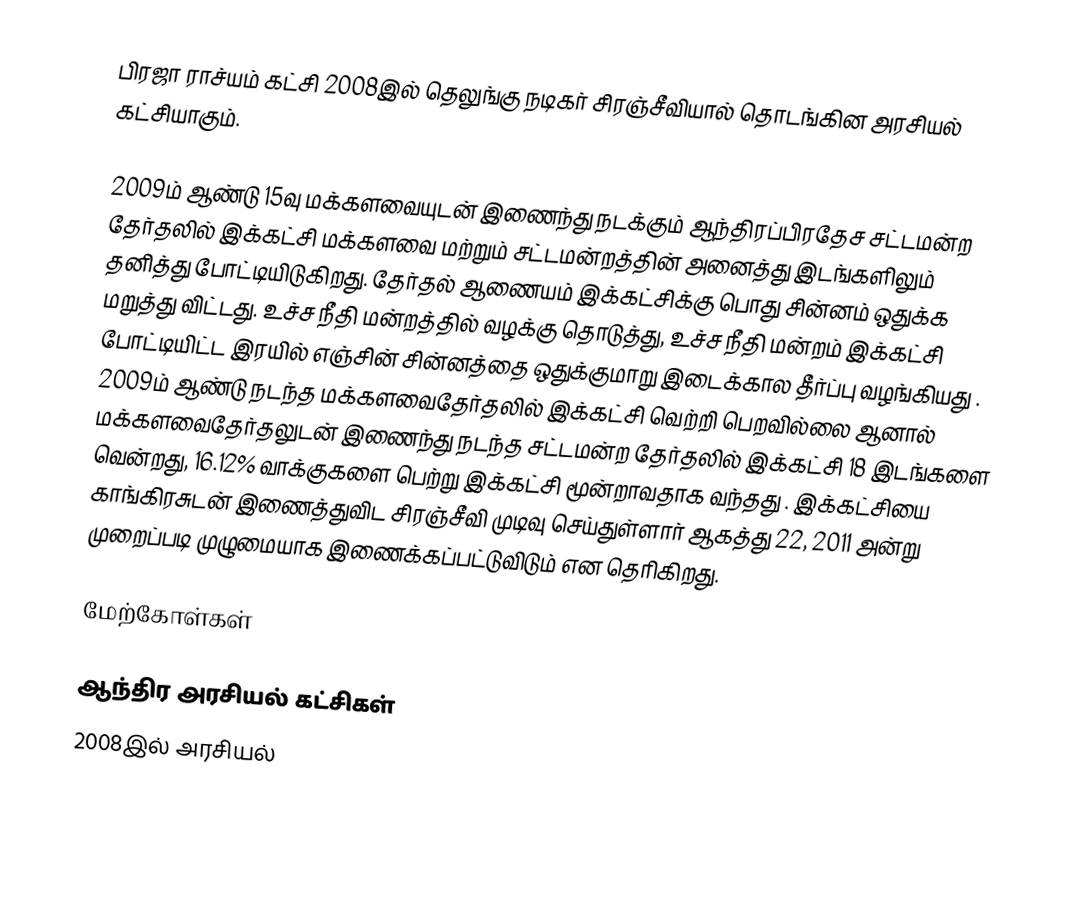
பிரஜா ராச்யம் கட்சி 2008இல் தெலுங்கு நடிகர் சிரஞ்சீவியால் தொடங்கின அரசியல் கட்சியாகும்.

2009ம் ஆண்டு 15வு மக்களவையுடன் இணைந்து நடக்கும் ஆந்திரப்பிரதேச சட்டமன்ற தேர்தலில் இக்கட்சி மக்களவை மற்றும் சட்டமன்றத்தின் அனைத்து இடங்களிலும் தனித்து போட்டியிடுகிறது. தேர்தல் ஆணையம் இக்கட்சிக்கு பொது சின்னம் ஒதுக்க மறுத்து விட்டது. உச்ச நீதி மன்றத்தில் வழக்கு தொடுத்து, உச்ச நீதி மன்றம் இக்கட்சி போட்டியிட்ட இரயில் எஞ்சின் சின்னத்தை ஒதுக்குமாறு இடைக்கால தீர்ப்பு வழங்கியது . 2009ம் ஆண்டு நடந்த மக்களவைதேர்தலில் இக்கட்சி வெற்றி பெறவில்லை ஆனால் மக்களவைதேர்தலுடன் இணைந்து நடந்த சட்டமன்ற தேர்தலில் இக்கட்சி 18 இடங்களை வென்றது, 16.12% வாக்குகளை பெற்று இக்கட்சி மூன்றாவதாக வந்தது . இக்கட்சியை காங்கிரசுடன் இணைத்துவிட சிரஞ்சீவி முடிவு செய்துள்ளார் ஆகத்து 22, 2011 அன்று முறைப்படி முழுமையாக இணைக்கப்பட்டுவிடும் என தெரிகிறது.

மேற்கோள்கள்

ஆந்திர அரசியல் கட்சிகள்
2008இல் அரசியல்